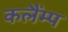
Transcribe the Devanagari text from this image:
कलैंम्प